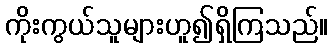
ကိုးကွယ်သူများဟူ၍ရှိကြသည်။